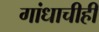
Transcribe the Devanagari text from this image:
गांधाचीही